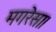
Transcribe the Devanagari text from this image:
मगरेसा।